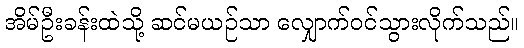
အိမ်ဦးခန်းထဲသို့ ဆင်မယဉ်သာ လျှောက်ဝင်သွားလိုက်သည်။